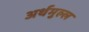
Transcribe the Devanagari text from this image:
अर्थमुल्ल